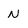
Character: N